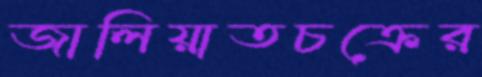
জালিয়াতচক্রের